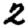
Digit: 2